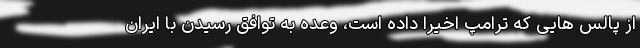
از پالس هایی که ترامپ اخیراً داده است، وعده به توافق رسیدن با ایران